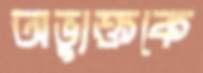
অভ্যুক্তকে